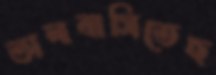
ভালবাসিতেছ